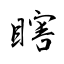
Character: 瞎